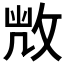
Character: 𢽆